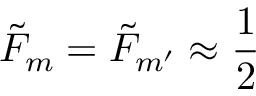
{ \tilde { F } } _ { m } = { \tilde { F } } _ { m { ' } } \approx \frac { 1 } { 2 }